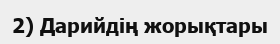
2) Дарийдің жорықтары